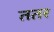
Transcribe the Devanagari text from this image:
ततर